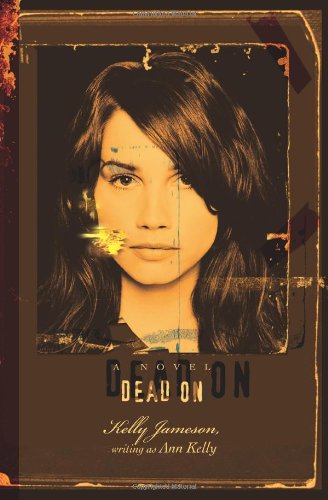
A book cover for Dead On; Kelly Jameson; Romance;